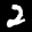
Label: 2